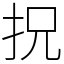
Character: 拀